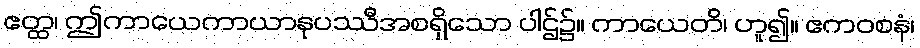
ဧတ္ထ၊ ဤကာယေကာယာနုပဿီအစရှိသော ပါဌ်၌။ ကာယေတိ၊ ဟူ၍။ ဧကဝစနံ၊